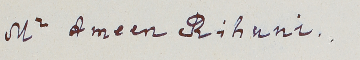
Mr Ameen Rihani